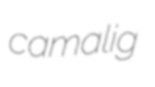
camalig